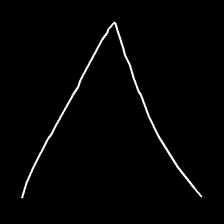
Glyph: region